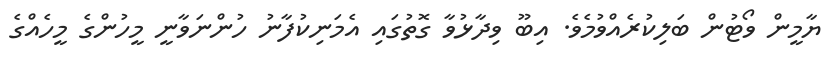
ޔާމީން ވޯޓުން ބަލިކުރެއްވުމެވެ. އިބޫ ވިދާޅުވާ ގޮތުގައި އެމަނިކުފާނު ހުންނަވާނީ މީހުންގެ މީހެއްގެ